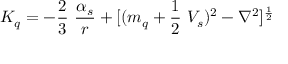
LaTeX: K _ { q } = - \frac { 2 } { 3 } ~ \frac { \alpha _ { s } } { r } + [ ( m _ { q } + \frac { 1 } { 2 } ~ V _ { s } ) ^ { 2 } - \nabla ^ { 2 } ] ^ { \frac { 1 } { 2 } } \nonumber